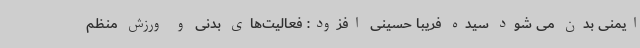
ایمنی بدن می شود سیده فریبا حسینی افزود: فعالیت‌های بدنی و ورزش منظم